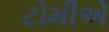
ટોમીએ